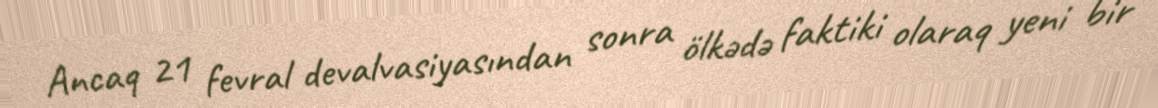
Ancaq 21 fevral devalvasiyasından sonra ölkədə faktiki olaraq yeni bir